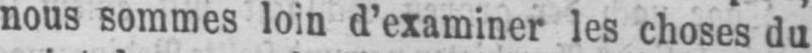
nous sommes loin d’examiner les choses du